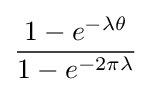
{\frac {1-e^{-\lambda \theta }}{1-e^{-2\pi \lambda }}}